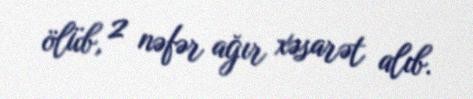
ölüb, 2 nəfər ağır xəsarət alıb.